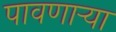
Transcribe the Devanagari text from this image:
पावणार्‍या